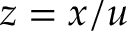
z = x / u